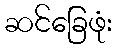
ဆင်ခြေဖုံး